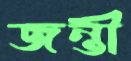
জন্তী